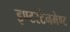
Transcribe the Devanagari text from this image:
इण्टरटेनमेण्ट